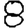
Digit: 8